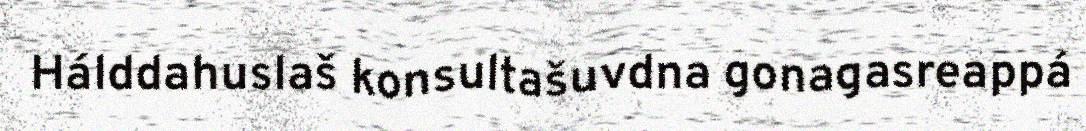
Hálddahuslaš konsultašuvdna gonagasreappá